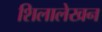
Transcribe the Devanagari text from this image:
शिलालेखन